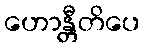
ဟောန္တီတိပေ